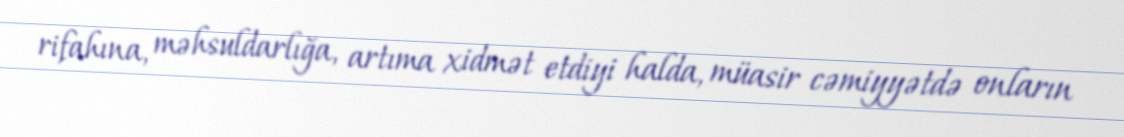
rifahına, məhsuldarlığa, artıma xidmət etdiyi halda, müasir cəmiyyətdə onların